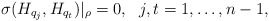
\begin{align*} \sigma(H_{q_j}, H_{q_t})|_\rho=0,\ \ j, t=1,\ldots,n-1,\end{align*}